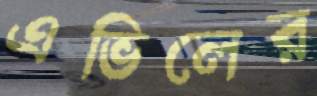
এভিলের